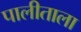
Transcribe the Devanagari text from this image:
पालीताला